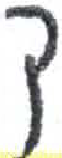
אות: ק